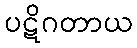
ပဋိဂတာယ